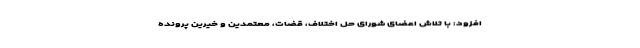
افزود: با تلاش اعضای شورای حل اختلاف، قضات، معتمدین و خیرین پرونده